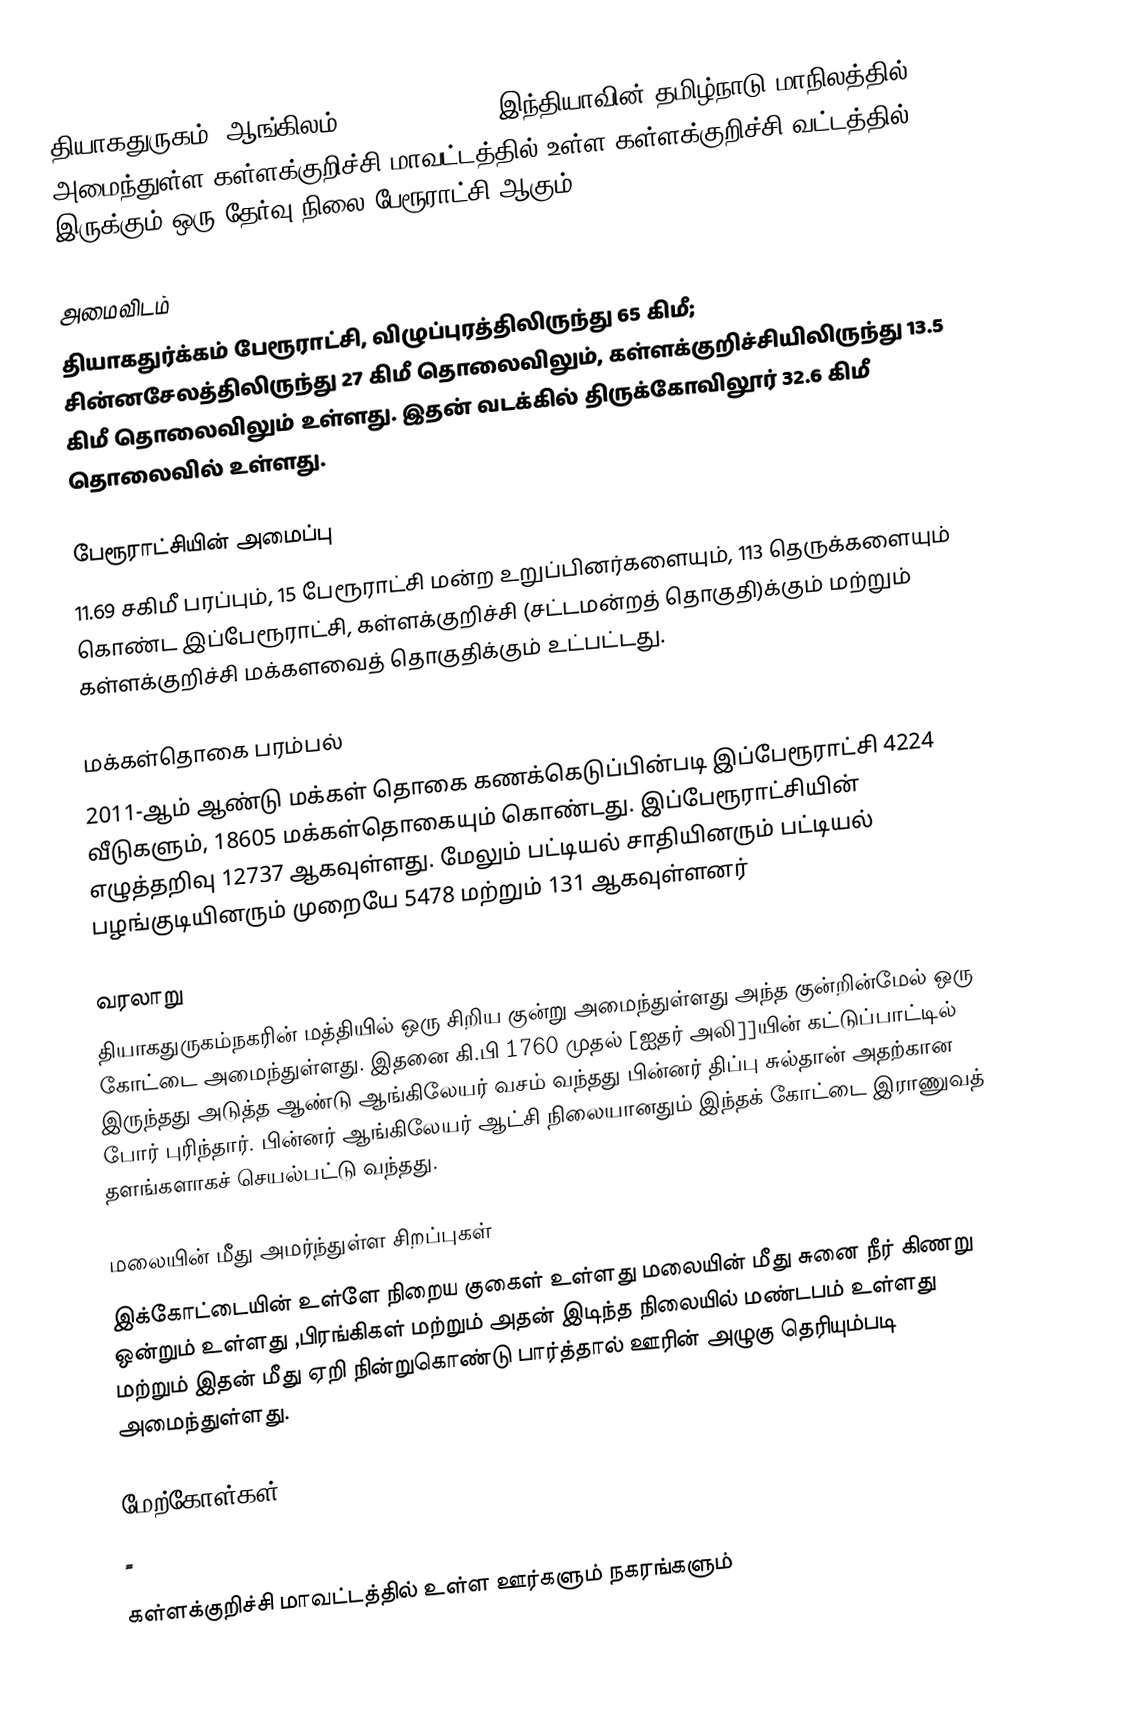
தியாகதுருகம் (ஆங்கிலம்:Thiyagadurgam), இந்தியாவின் தமிழ்நாடு மாநிலத்தில் அமைந்துள்ள கள்ளக்குறிச்சி மாவட்டத்தில் உள்ள கள்ளக்குறிச்சி வட்டத்தில்  இருக்கும் ஒரு தேர்வு நிலை  பேரூராட்சி ஆகும்.

அமைவிடம்
தியாகதுர்க்கம் பேரூராட்சி, விழுப்புரத்திலிருந்து 65 கிமீ; சின்னசேலத்திலிருந்து 27 கிமீ தொலைவிலும், கள்ளக்குறிச்சியிலிருந்து 13.5 கிமீ தொலைவிலும் உள்ளது. இதன் வடக்கில் திருக்கோவிலூர் 32.6 கிமீ தொலைவில் உள்ளது.

பேரூராட்சியின் அமைப்பு
11.69 சகிமீ பரப்பும், 15 பேரூராட்சி மன்ற உறுப்பினர்களையும், 113 தெருக்களையும் கொண்ட இப்பேரூராட்சி, கள்ளக்குறிச்சி (சட்டமன்றத் தொகுதி)க்கும் மற்றும் கள்ளக்குறிச்சி மக்களவைத் தொகுதிக்கும் உட்பட்டது.

மக்கள்தொகை பரம்பல்
2011-ஆம் ஆண்டு மக்கள் தொகை கணக்கெடுப்பின்படி   இப்பேரூராட்சி  4224 வீடுகளும், 18605 மக்கள்தொகையும் கொண்டது.  இப்பேரூராட்சியின் எழுத்தறிவு 12737 ஆகவுள்ளது. மேலும் பட்டியல் சாதியினரும் பட்டியல் பழங்குடியினரும்  முறையே 5478 மற்றும் 131 ஆகவுள்ளனர்

வரலாறு
தியாகதுருகம்நகரின் மத்தியில் ஒரு சிறிய குன்று அமைந்துள்ளது அந்த குன்றின்மேல் ஒரு கோட்டை அமைந்துள்ளது. இதனை  கி.பி 1760 முதல் [ஐதர் அலி]]யின் கட்டுப்பாட்டில் இருந்தது அடுத்த ஆண்டு ஆங்கிலேயர் வசம் வந்தது பின்னர் திப்பு சுல்தான் அதற்கான போர் புரிந்தார். பின்னர் ஆங்கிலேயர் ஆட்சி நிலையானதும்  இந்தக் கோட்டை இராணுவத் தளங்களாகச் செயல்பட்டு வந்தது.

மலையின் மீது அமர்ந்துள்ள சிறப்புகள்
இக்கோட்டையின் உள்ளே நிறைய குகைள் உள்ளது மலையின் மீது சுனை நீர் கிணறு ஒன்றும் உள்ளது ,பிரங்கிகள் மற்றும் அதன் இடிந்த நிலையில் மண்டபம் உள்ளது மற்றும் இதன் மீது ஏறி நின்றுகொண்டு பார்த்தால் ஊரின் அழுகு தெரியும்படி அமைந்துள்ளது.

மேற்கோள்கள்
                                                                                                                                  =

கள்ளக்குறிச்சி மாவட்டத்தில் உள்ள ஊர்களும் நகரங்களும்